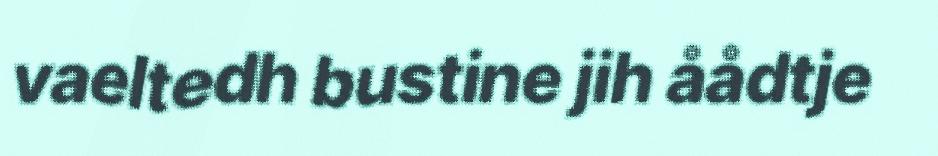
vaeltedh bustine jih åådtje